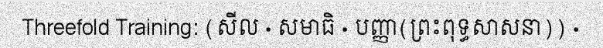
Threefold Training: (សីល · សមាធិ · បញ្ញា(ព្រះពុទ្ធសាសនា)) ·